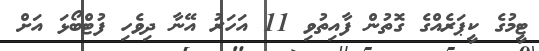
ޓީމުގެ ކީޕަރެއްގެ ގޮތުން ފާއިތުވި 11 އަހަރު އޭނާ ދިވެހި ފުޓްބޯޅަ އަށް